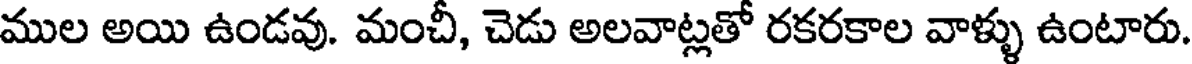
ముల అయి ఉండవు. మంచీ, చెడు అలవాట్లతో రకరకాల వాళ్ళు ఉంటారు.